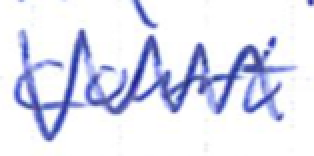
Text: court.
Cross-out: zig-zag
Writing tool: ballpoint